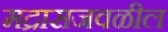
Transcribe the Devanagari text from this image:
मद्रासजवळील